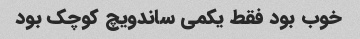
خوب بود فقط یکمی ساندویچ کوچک بود